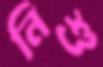
নিশু